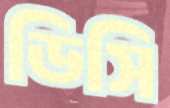
ডিসি